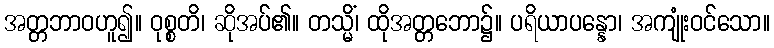
အတ္တဘာဝဟူ၍။ ဝုစ္စတိ၊ ဆိုအပ်၏။ တသ္မိံ၊ ထိုအတ္တဘော၌။ ပရိယာပန္နော၊ အကျုံးဝင်သော။